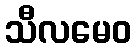
သီလမေဝ